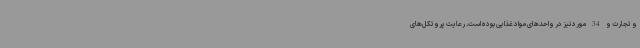
و تجارت و 34 مورد نیز در واحدهای مواد غذایی بوده است. رعایت پروتکل‌های